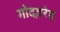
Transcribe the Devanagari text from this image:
गोदज़रेह